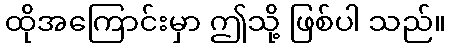
ထိုအကြောင်းမှာ ဤသို့ ဖြစ်ပါ သည်။